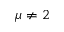
\mu \neq 2